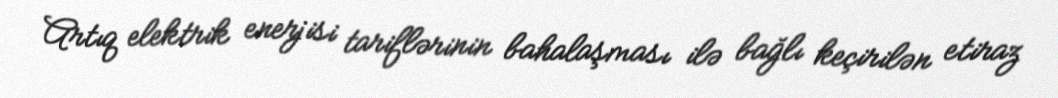
Artıq elektrik enerjisi tariflərinin bahalaşması ilə bağlı keçirilən etiraz